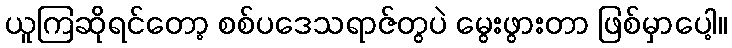
ယူကြဆိုရင်တော့ စစ်ပဒေသရာဇ်တွပဲ မွေးဖွားတာ ဖြစ်မှာပေါ့။